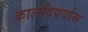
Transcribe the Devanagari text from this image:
कालविपर्यास